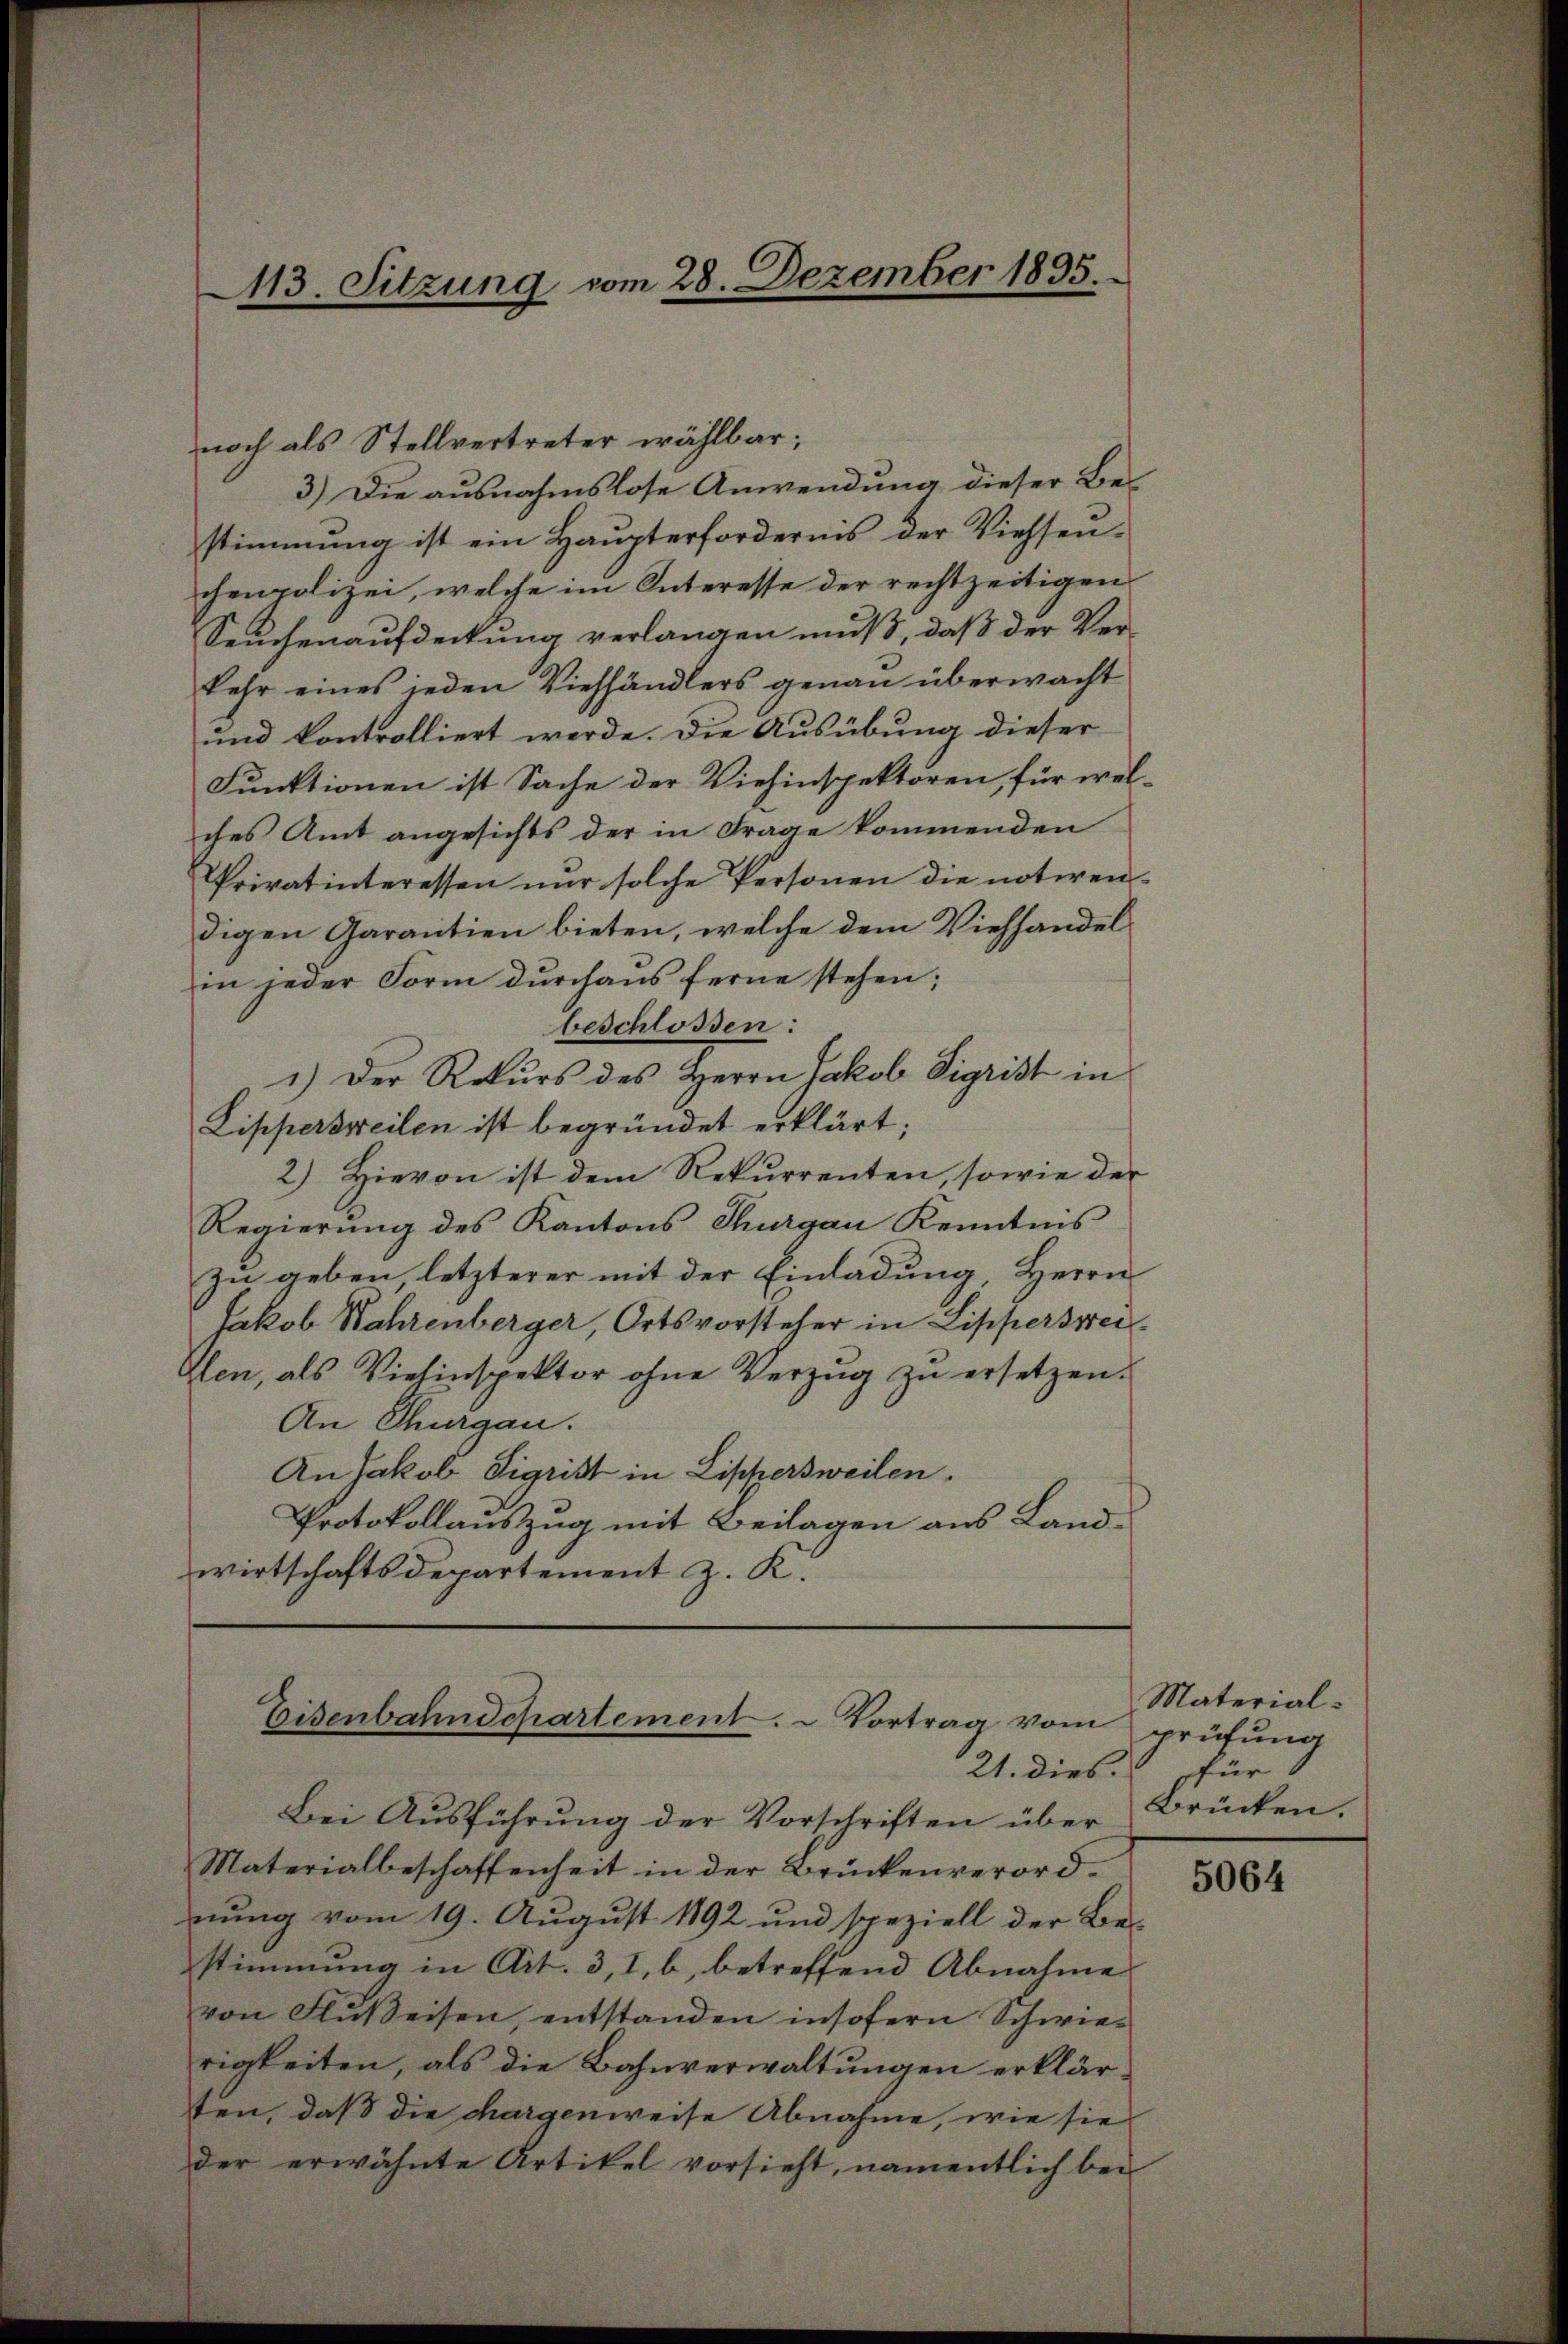
113. Sitzung vom 28. Dezember 1895.

noch als Stellvertreter wählbar;
3.) Die ausnahmslose Anwendung dieser Be-
stimmung ist ein Haupterfordernis der Viehsenchenpolizei, welche im Interesse der rechtzeitigen
Seuchenaufdeckung verlangen muß, daß der Ver-
kehr eines jeden Viehhändlers genau überwacht
und kontrolliert werde. Die Ausübung dieser
Funktionen ist Sache der Viehinspektoren, für wel-
ches Amt angesichts der in Frage kommenden
Privatinteressen nŭr solche Personen die notiren-
digen Garantien bieten, welche dem Viehhandel
in jeder Form durchaus ferne stehen;
beschlossen:
1.) Der Rekurs des Herrn Jakob Sigrist in
Lippersweilen ist begründet erklärt;
2) Hievon ist dem Rekurrenten, sowie der
Regierŭng des Kantons Thurgau Kenntnis
zu geben, letzterer mit der Einladung, Herrn
Jakob Wahrenberger, Ortsvorsteher in Lipperswei¬
Aen, als Vielinspektor ohne Verzug zu ersetzen.
An Thurgau.
An Jakob Sigrist in Lischersweilen.
Protokollauszug mit Beilagen aus Landwirtschaftsdepartement z. K.

Eisenbahnschartement. – Vortrag vom
21. dies.

Bei Ausführung der Vorschriften über
Materialbeschaffenheit in der Brückenverordnung vom 19. August 1892 und speziell der Bestimmung in Art. 3, I, b, betreffend Abnahme
von Flüßeisen, entstanden insofern Schwierigkeiten, als die Bahnverwaltungen erklärten, daß die chargenweise Abnahme, wie sie
der erwähnte Artikel vorsieht, namentlich bei

Material.
prüfung
für
Brücken.

5064